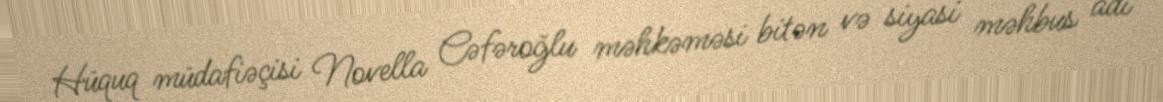
Hüquq müdafiəçisi Novella Cəfəroğlu məhkəməsi bitən və siyasi məhbus adı